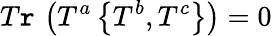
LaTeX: T\mathtt{r}\, \left(T^{a}\left\{ T^{b},T^{c}\right\} \right)=0